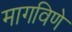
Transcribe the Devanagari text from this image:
मागविणे